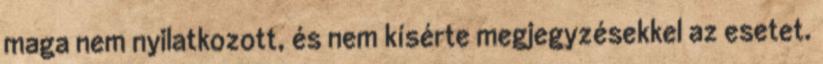
maga nem nyilatkozott, és nem kísérte megjegyzésekkel az esetet.